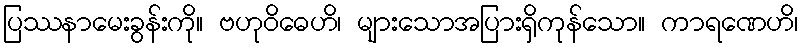
ပြဿနာမေးခွန်းကို။ ဗဟုဝိဓေဟိ၊ များသောအပြားရှိကုန်သော။ ကာရဏေဟိ၊